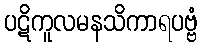
ပဋိကူလမနသိကာရပဗ္ဗံ